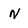
Character: n